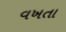
વખતા